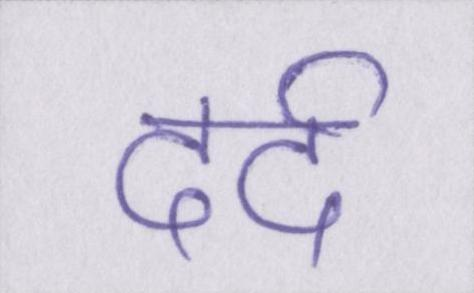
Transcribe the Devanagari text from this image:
दर्द